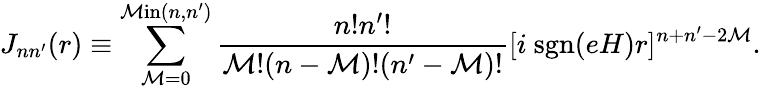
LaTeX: J_{nn^{\prime}}(r)\equiv\sum_{\mathcal{M}=0}^{\mathrm{{\mathcal{M}in}}(n,n^{\prime})}\frac{{n!n^{\prime}!}}{{\mathcal{M}!(n-\mathcal{M})!(n^{\prime}-\mathcal{M})!}}[i~\mathrm{{sgn}}(eH)r]^{n+n^{\prime}-2\mathcal{M}}.